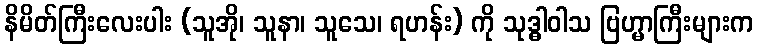
နိမိတ်ကြီးလေးပါး (သူအို၊ သူနာ၊ သူသေ၊ ရဟန်း) ကို သုဒ္ဓါဝါသ ဗြဟ္မာကြီးများက